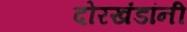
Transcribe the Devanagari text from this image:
दोरखंडांनी